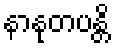
နာနုတပန္တိ